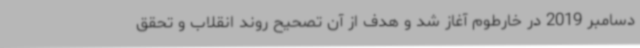
دسامبر 2019 در خارطوم آغاز شد و هدف از آن تصحیح روند انقلاب و تحقق